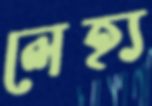
লেহ্য